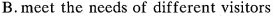
B.meet the needs of different visitors